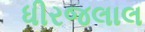
ધીરજલાલ